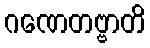
ဂဏေတဗ္ဗာတိ